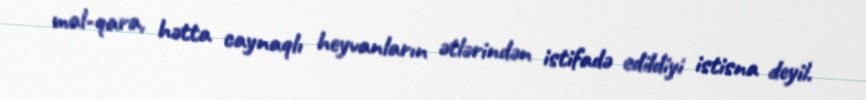
mal-qara, hətta caynaqlı heyvanların ətlərindən istifadə edildiyi istisna deyil.